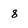
Character: 8